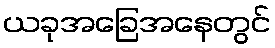
ယခုအခြေအနေတွင်